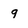
Character: 9